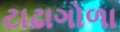
ટાઢાગોળા